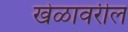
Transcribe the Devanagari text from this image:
खेळावरील